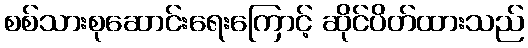
စစ်သားစုဆောင်းရေးကြောင့် ဆိုင်ပိတ်ထားသည်